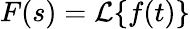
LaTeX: F(s)={\mathcal{L}}\{ f(t)\}